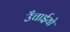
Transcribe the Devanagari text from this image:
उँचाईयो